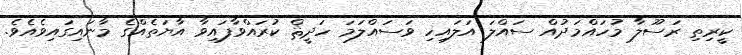
ކީރިތި ރަސޫލާ މުހައްމަދުއް ސައްލަ އަލައިހި ވަސައްލަމަ ހަދީޘް ކުރައްވާފައިވާ އާޔަތެއްގެ މާނައިގައިވެއެވެ.